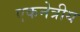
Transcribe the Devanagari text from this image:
एकनेत्रीय